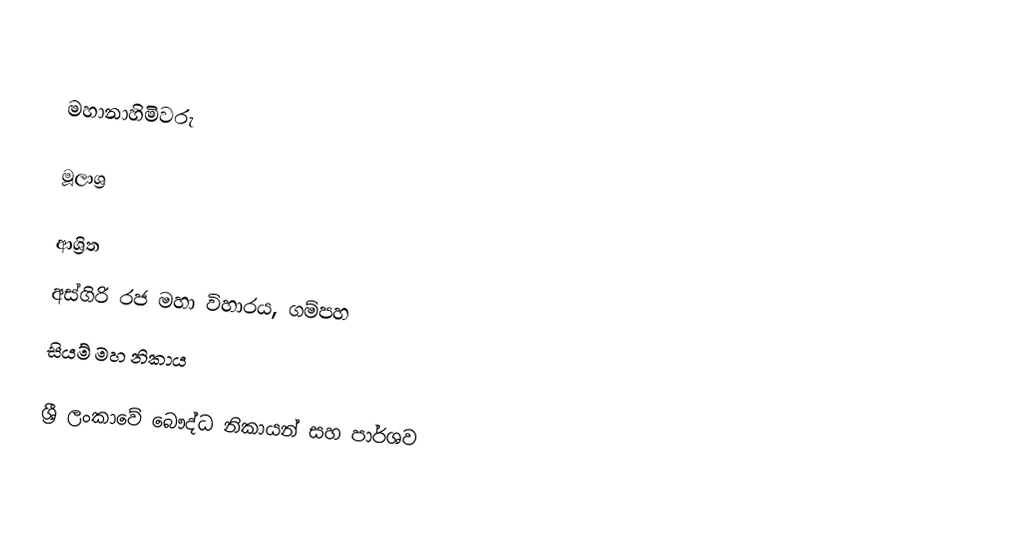

මහානාහිමිවරු

මූලාශ්‍ර

ආශ්‍රිත
අස්ගිරි රජ මහා විහාරය, ගම්පහ
සියම් මහ නිකාය

ශ්‍රී ලංකාවේ බෞද්ධ නිකායන් සහ පාර්ශව